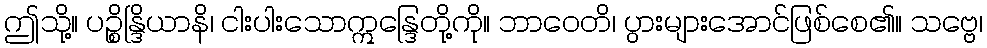
ဤသို့။ ပဉ္စိန္ဒြိယာနိ၊ ငါးပါးသောဣန္ဒြေတို့ကို။ ဘာဝေတိ၊ ပွားများအောင်ဖြစ်စေ၏။ သဗ္ဗေ၊